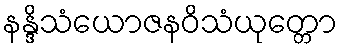
နန္ဒိသံယောဇနဝိသံယုတ္တော